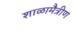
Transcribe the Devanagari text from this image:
शाळामैत्रीण